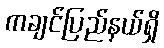
ကချင်ပြည်နယ်ရှိ